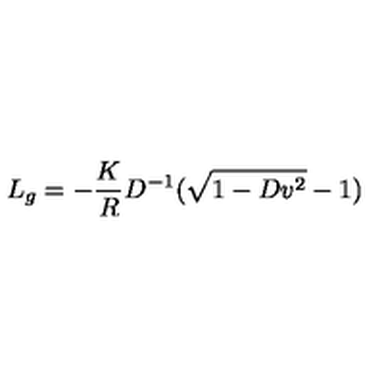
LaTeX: L _ { g } = - { \frac { K } { R } } D ^ { - 1 } ( \sqrt { 1 - D v ^ { 2 } } - 1 )